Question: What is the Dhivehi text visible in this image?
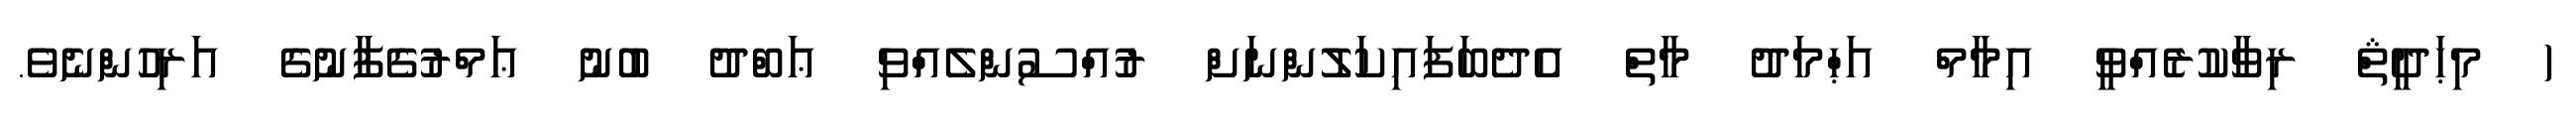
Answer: ( މިޙަދީޘް ރިވާކުރެއްވީ އިމާމް އަޙްމަދު މާތް އެދެބަފައިކަލުންނަށް ރުއްސުންލެއްވި ޢަބްދު ބުނު ޢަމްރުގެފާނުގެ އަރިހުންނެވެ.